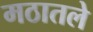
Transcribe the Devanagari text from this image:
मठातले